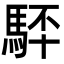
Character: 䮆